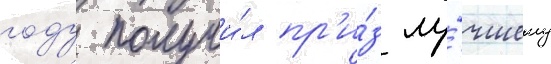
году получи́л пр'и́з лу́чшему